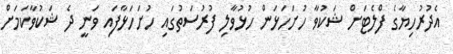
އެދުރުހިޔާގެ ފްލެޓަށް ޝަކުވާ ހުށަހަޅަން ހުޅުވާލި ފުރުސަތުގައި ހުށަހަޅާފައި ވަނީ ދެ ޝަކުވާކަމަށް